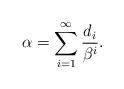
LaTeX: \begin{align*}\alpha=\sum_{i=1}^\infty\frac{d_i}{\beta^i}.\end{align*}